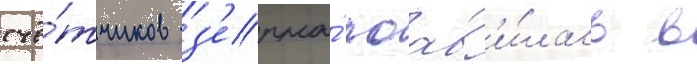
счё́тчиков з'ерна́ поав'и́лась в